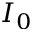
I _ { 0 }